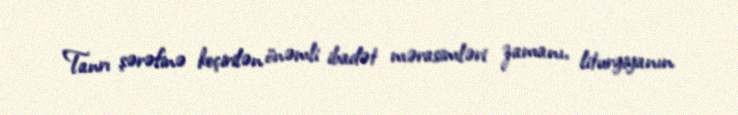
Tanrı şərəfinə keçirilən önəmli ibadət mərasimləri zamanı, liturgiyanın